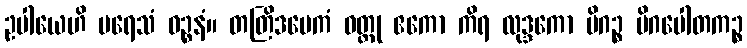
ဥပါယေဟိ ပရေသံ ဝဉ္စနံ။ တတြိဒမေကံ ဝတ္ထု ဧကော ကိရ လုဒ္ဒကော မိဂဉ္စ မိဂပေါတကဉ္စ